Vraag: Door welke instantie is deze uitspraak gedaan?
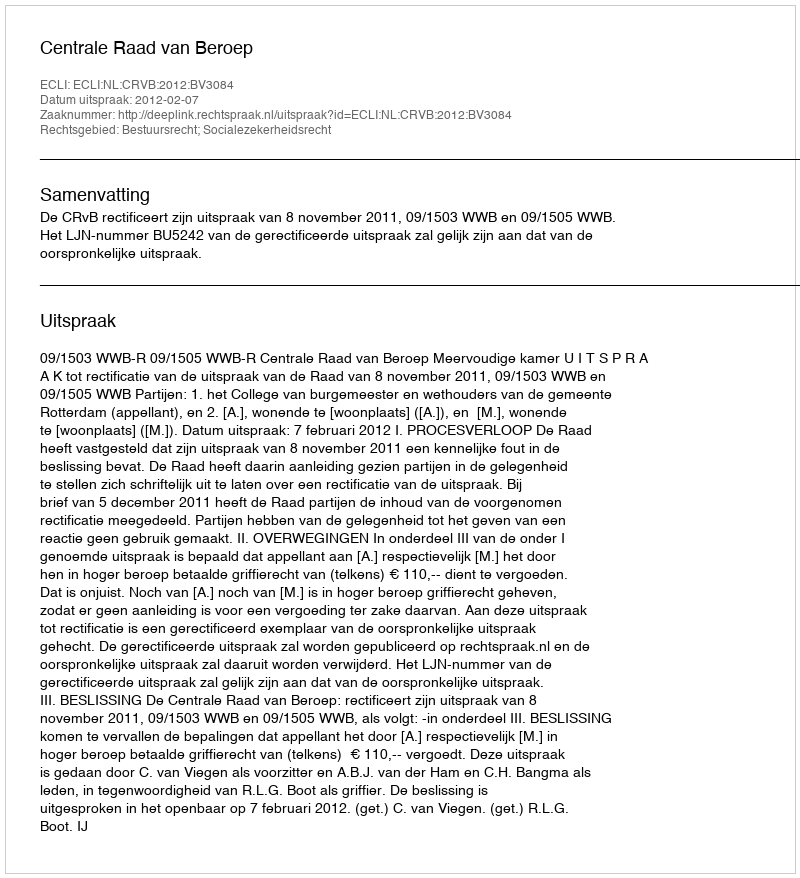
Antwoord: Centrale Raad van Beroep